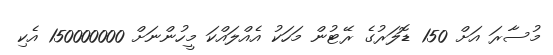
މުސާރަ އަށް 150 ޑޮލަރުގެ ރޭޓުން މަހަކު އެއްލައްކަ މީހުންނަށް 150000000 އެކި